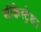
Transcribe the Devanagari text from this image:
सीक्वेस्ट्रेशन